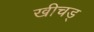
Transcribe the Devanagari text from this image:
खीचड्